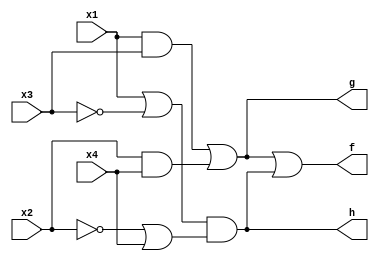
// This program was cloned from: https://github.com/haojunliu/OpenFPGA
// License: BSD 2-Clause "Simplified" License

/* Simple combinational logic */

module bm_DL_structural_logic2 (x1, x2, x3, x4, f, g, h);
	input x1, x2, x3, x4;
	output f, g, h;
	wire z1, z2, z3, z4;

	and (z1, x1, x3);
	and (z2, x2, x4);
	or (g, z1, z2);
	or (z3, x1, ~x3);
	or (z4, ~x2, x4);
	and (h, z3, z4);
	or (f, g, h);

endmodule